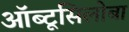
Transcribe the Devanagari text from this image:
ऑब्टूसिलोबा